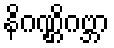
နိဂဏ္ဌိဂဗ္ဘာ